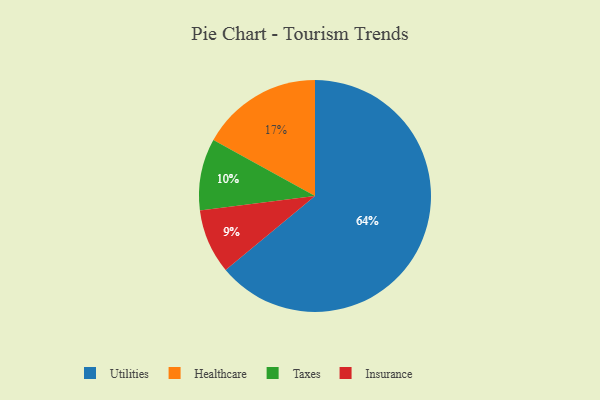
{"axis": {"x": "Category", "y": "Percentage"}, "legend": ["Healthcare", "Insurance", "Taxes", "Utilities"], "data": [{"x": "Healthcare", "y": 17, "type": "Healthcare"}, {"x": "Utilities", "y": 64, "type": "Utilities"}, {"x": "Insurance", "y": 9, "type": "Insurance"}, {"x": "Taxes", "y": 10, "type": "Taxes"}]}